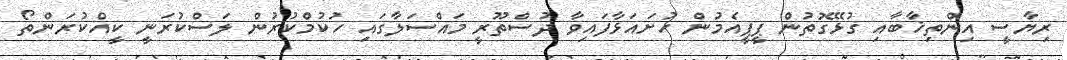
ރިޔާސީ އިންތިޚާބާއި ގުޅޭގޮތުން ޕީޕީއެމުން ހުށައަޅާފައިވާ ދުސްތޫރީ މައްސަލާގައި ހުކުމްކުރުން ލަސްކުރަނީ ކީއްކުރަންތޯ